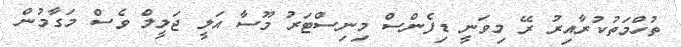
ތުހްމަތުކުރާއިރު ރޭ މިވަނީ ޑިފެންސް މިނިސްޓަރު މޫސާ އަލީ ޖަލީލް ވެސް މަގާމުން